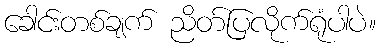
ခေါင်းတစ်ချက် ညိတ်ပြလိုက်ရုံပါပဲ။